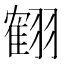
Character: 𦑱